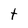
Character: t